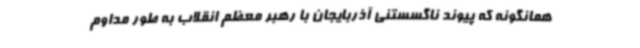
همانگونه که پیوند ناگسستنی آذربایجان با رهبر معظم انقلاب به طور مداوم